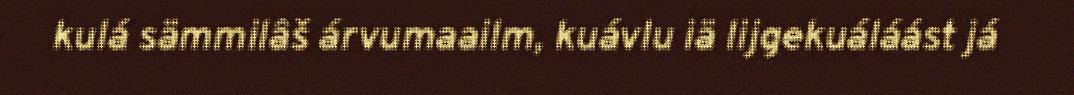
kulá sämmilâš árvumaailm, kuávlu iä lijgekuáláást já